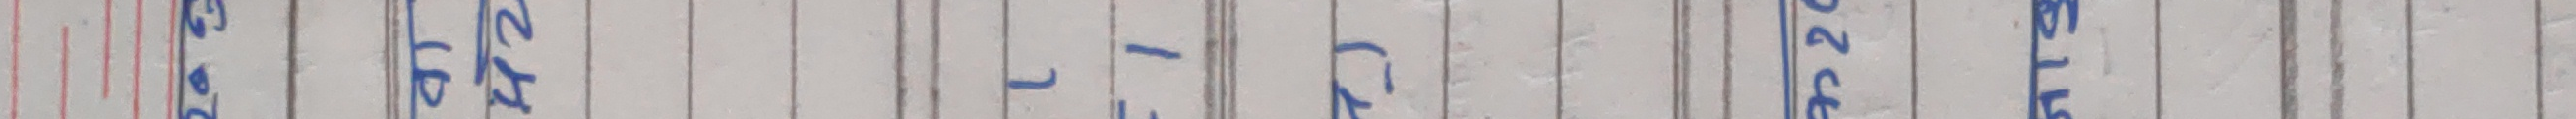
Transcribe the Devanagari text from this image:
साहा होमा जोतो -१स कु ४२० ४९६१५